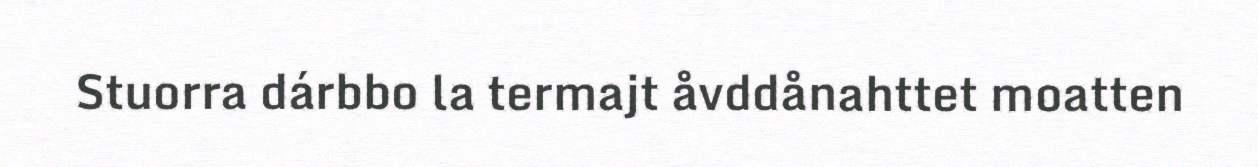
Stuorra dárbbo la termajt åvddånahttet moatten